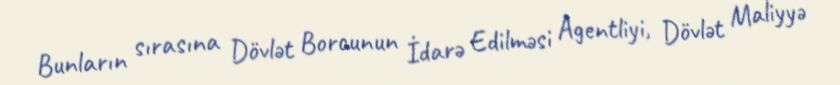
Bunların sırasına Dövlət Borcunun İdarə Edilməsi Agentliyi, Dövlət Maliyyə